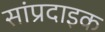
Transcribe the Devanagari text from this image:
सांप्रदाइक